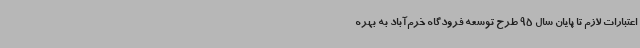
اعتبارات لازم تا پایان سال 95 طرح توسعه فرودگاه خرم‌آباد به بهره‌